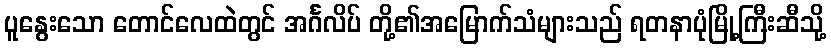
ပူနွေးသော တောင်လေထဲတွင် အင်္ဂလိပ် တို့၏အမြောက်သံများသည် ရတနာပုံမြို့ကြီးဆီသို့